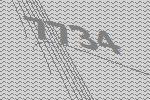
7734